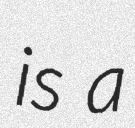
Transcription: is a